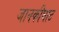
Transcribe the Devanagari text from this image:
जानकीघाट